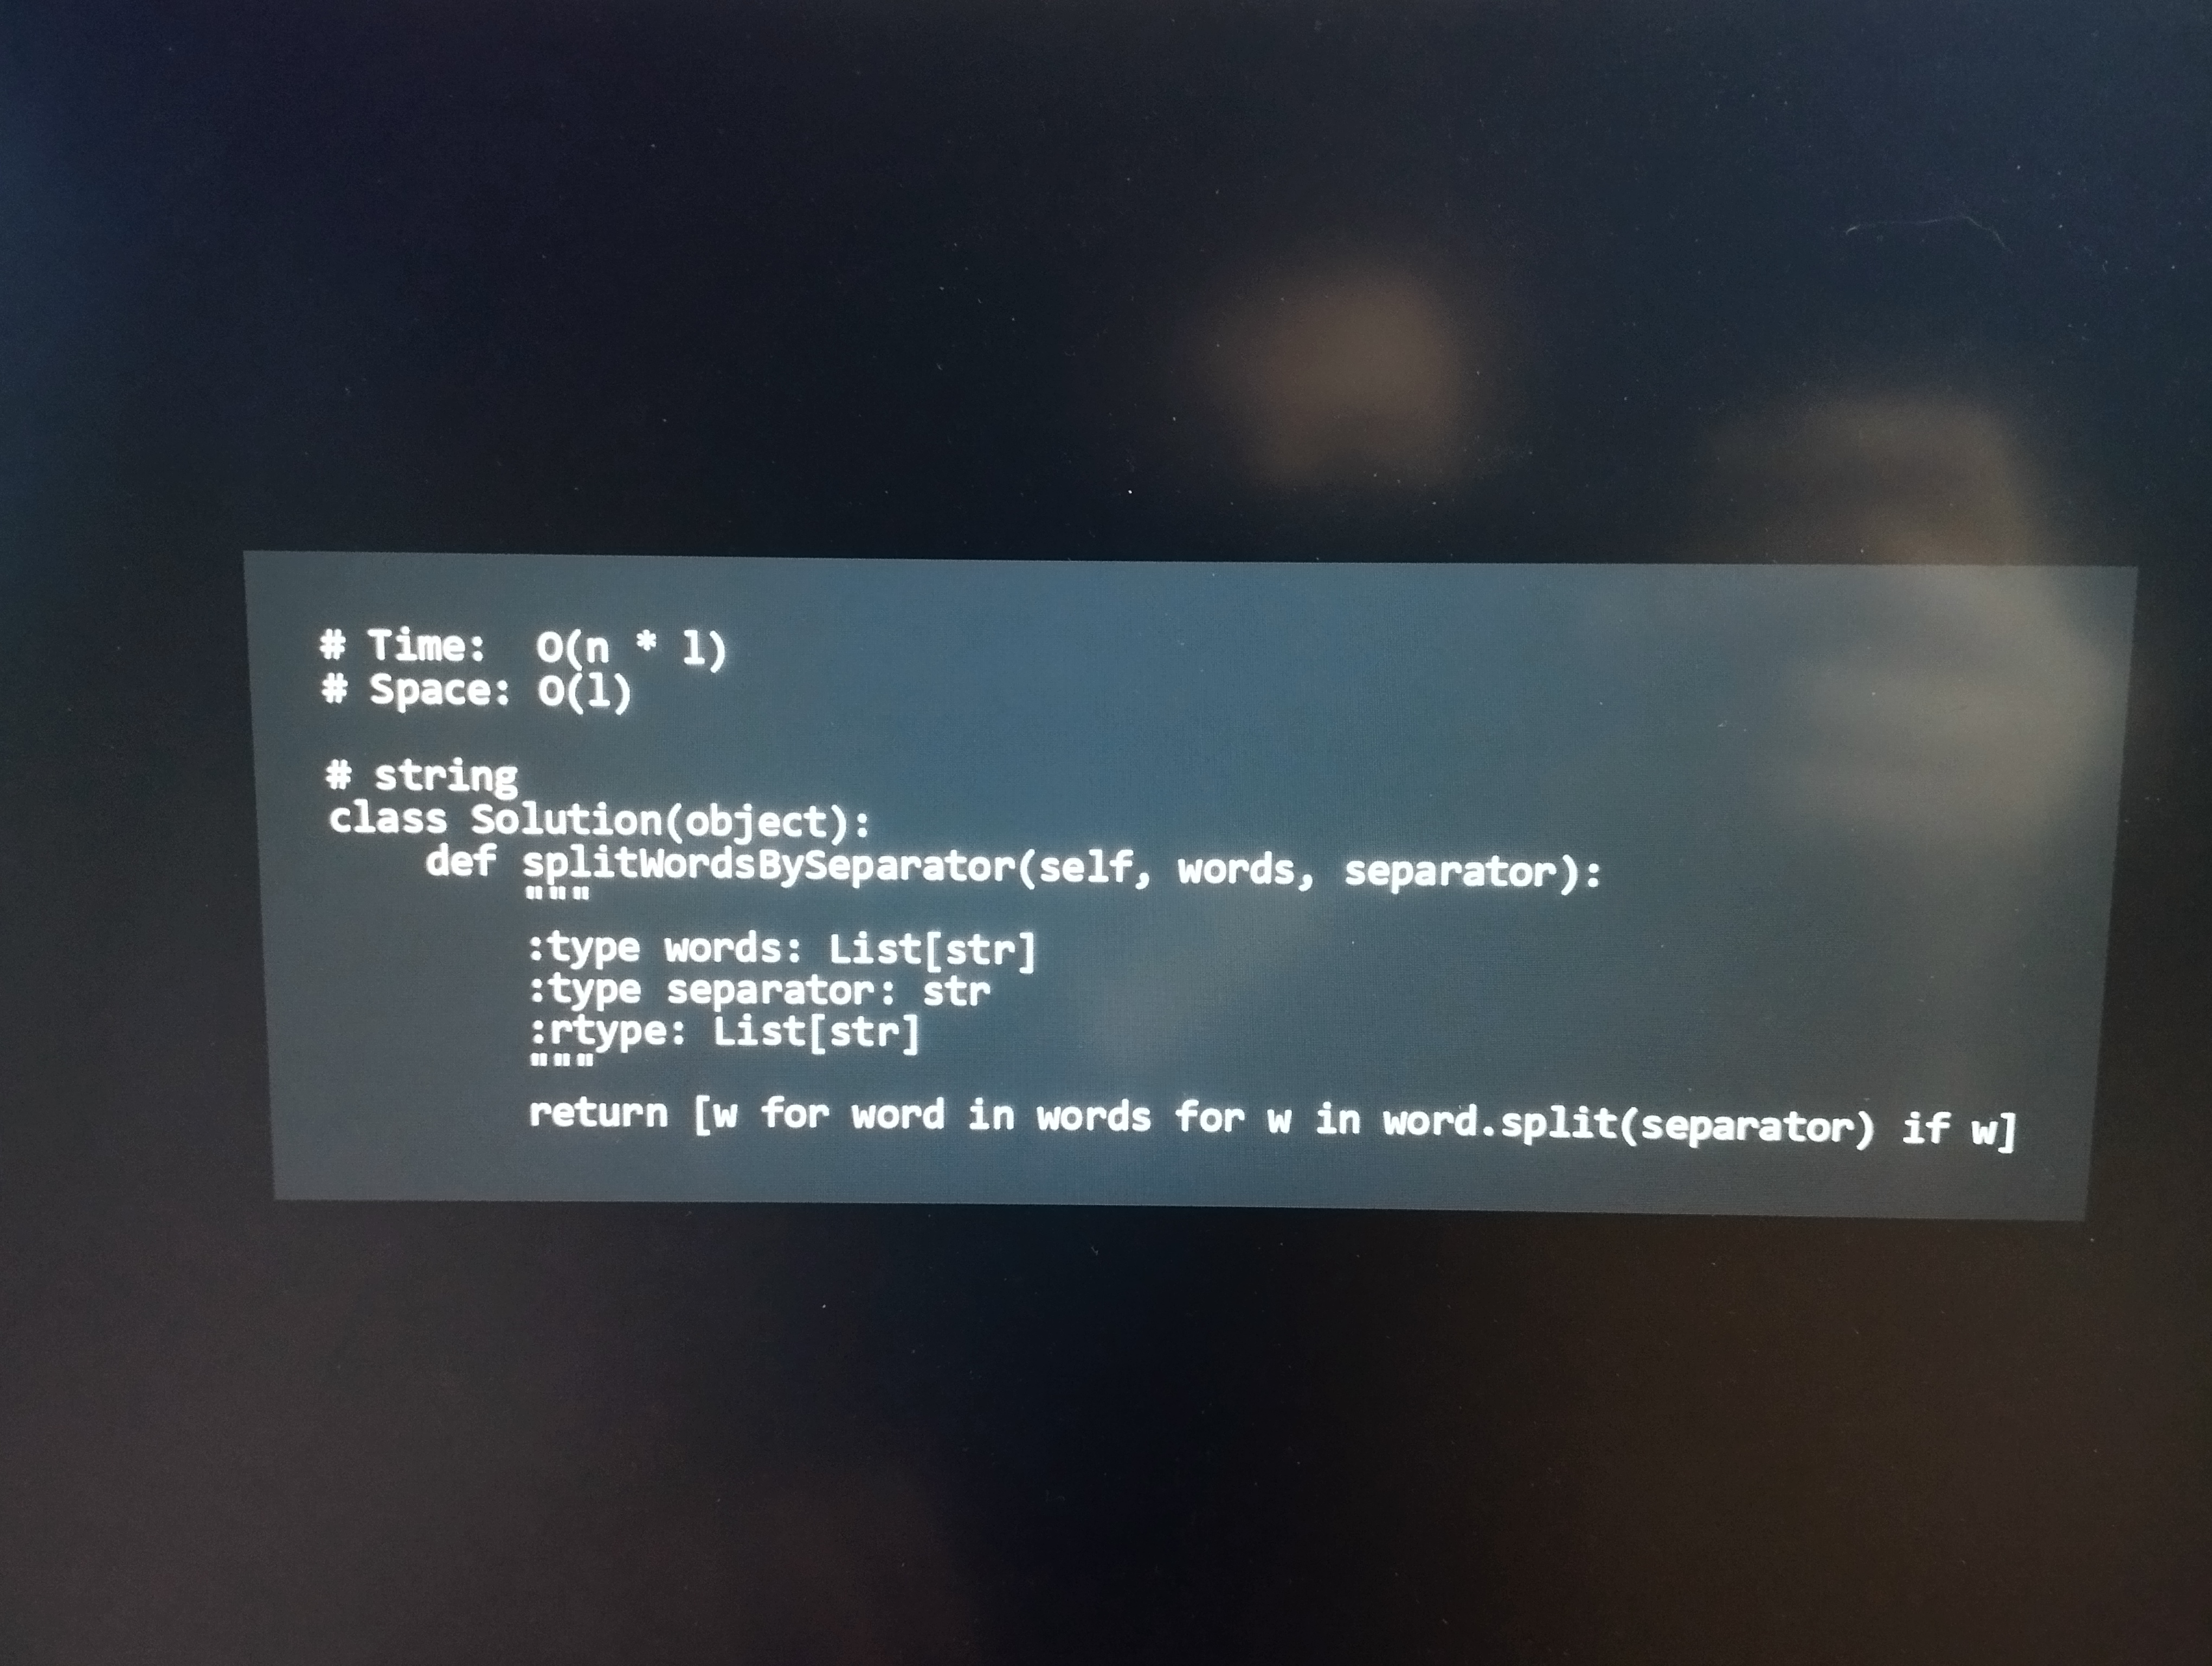
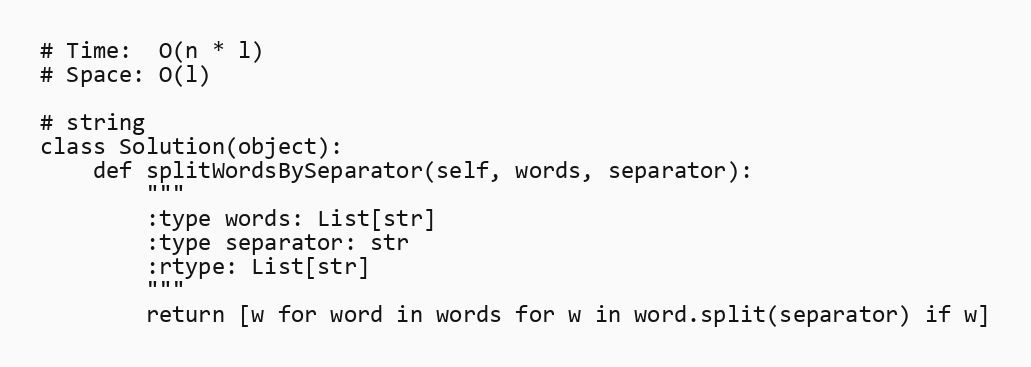
# Time:  O(n * l)
# Space: O(l)

# string
class Solution(object):
    def splitWordsBySeparator(self, words, separator):
        """
        :type words: List[str]
        :type separator: str
        :rtype: List[str]
        """
        return [w for word in words for w in word.split(separator) if w]